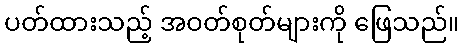
ပတ်ထားသည့် အဝတ်စုတ်များကို ဖြေသည်။